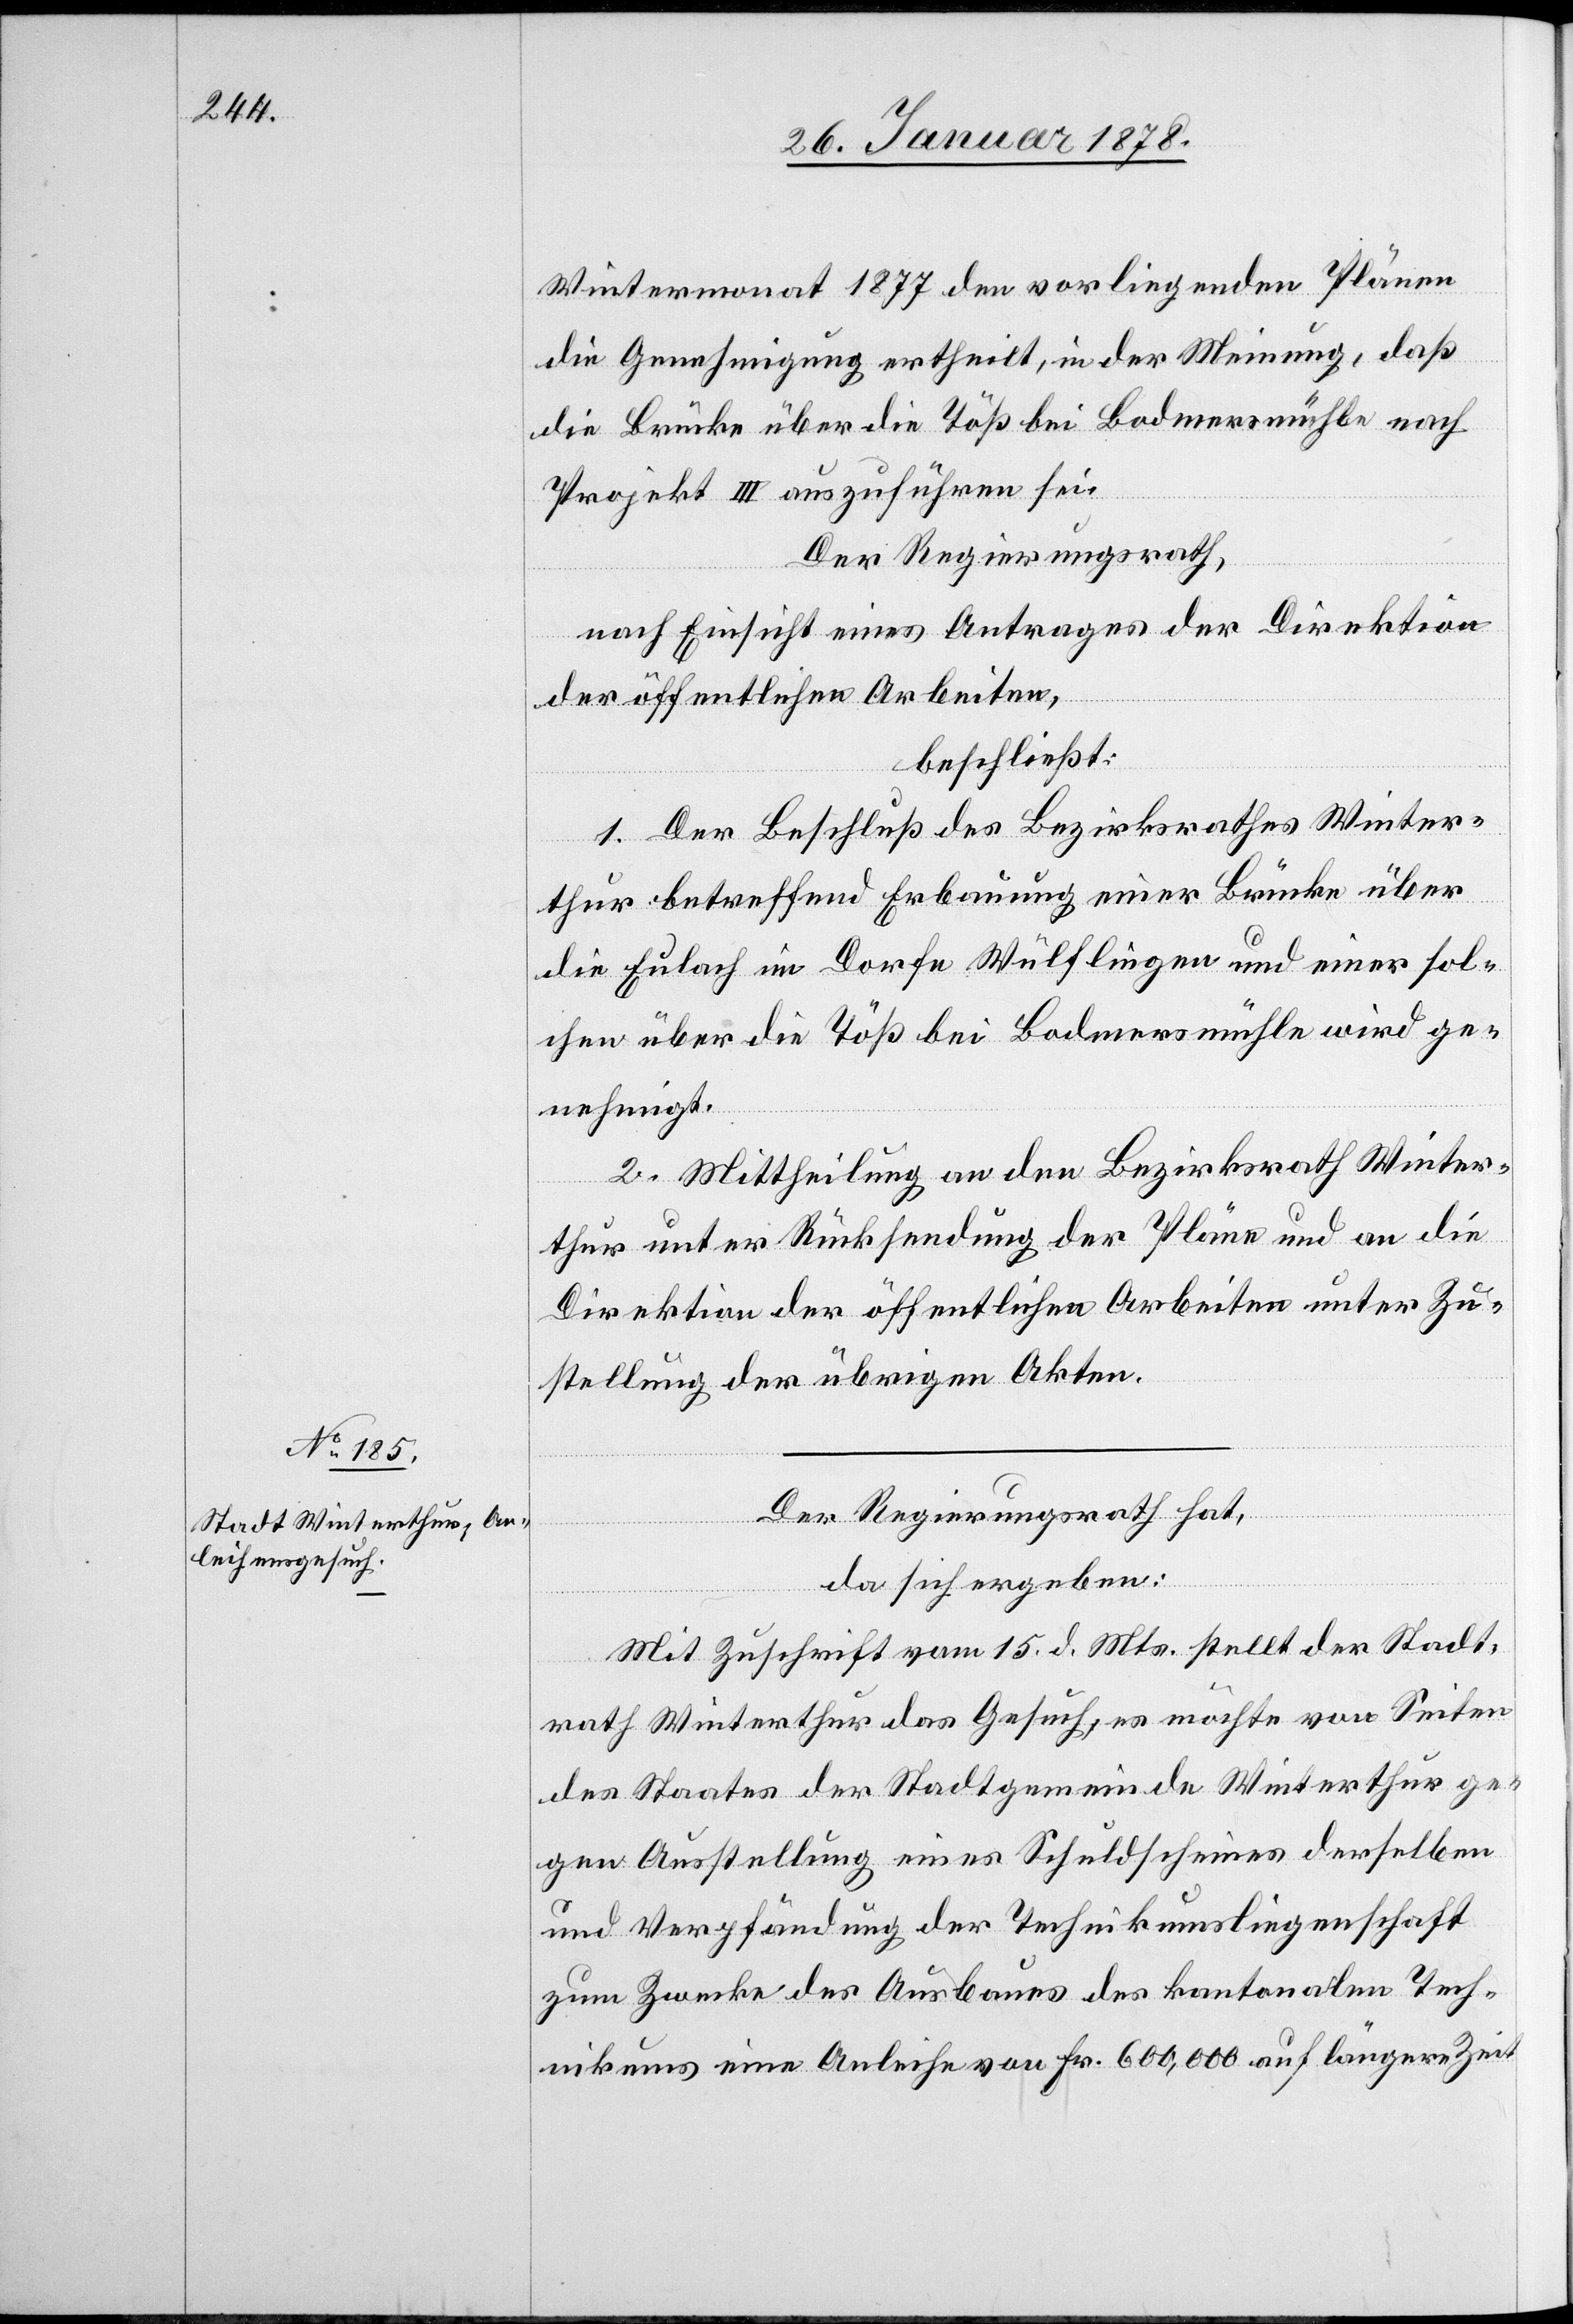
Wintermontat 1877 den vorliegenden Plänen
die Genehmigung ertheilt, in der Meinung, daß
die Brücke über die Töß bei Bodmersmühle nach
Projekt III auszuführen sei.
Der Regierungsrath,
nach Einsicht eines Antrages der Direktion
der öffentlichen Arbeiten,
beschließt:
1. Der Beschluß des Bezirksrathes Winter¬
thur betreffend Erbauung einer Brücke über
die Eulach im Dorfe Wülflingen und einer sol¬
chen über die Töß bei Bodmersmühle wird ge¬
nehmigt.
2. Mittheilung an den Bezirksrath Winter¬
thur unter Rücksendung der Pläne und an die
Direktion der öffentlichen Arbeiten unter Zu¬
stellung der übrigen Akten.
Der Regierungsrath hat,
da sich ergeben:
Mit Zuschrift vom 15. d. Mts. stellt der Stadt¬
rath Winterthur das Gesuch, es möchte von Seiten
des Staates der Stadtgemeinde Winterthur ge¬
gen Ausstellung eines Schuldscheines derselben
und Verpfändung der Technikumsliegenschaft
zum Zwecke des Ausbaues des kantonalen Tech¬
nikums eine Anleihe von Fr. 600,000 auf längere Zeit